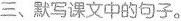
三、默写课文中的句子。